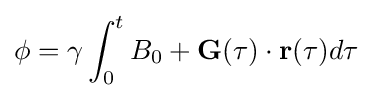
\phi =\gamma \int _{0}^{t}B_{0}+\mathbf {G} (\tau )\cdot \mathbf {r} (\tau )d\tau